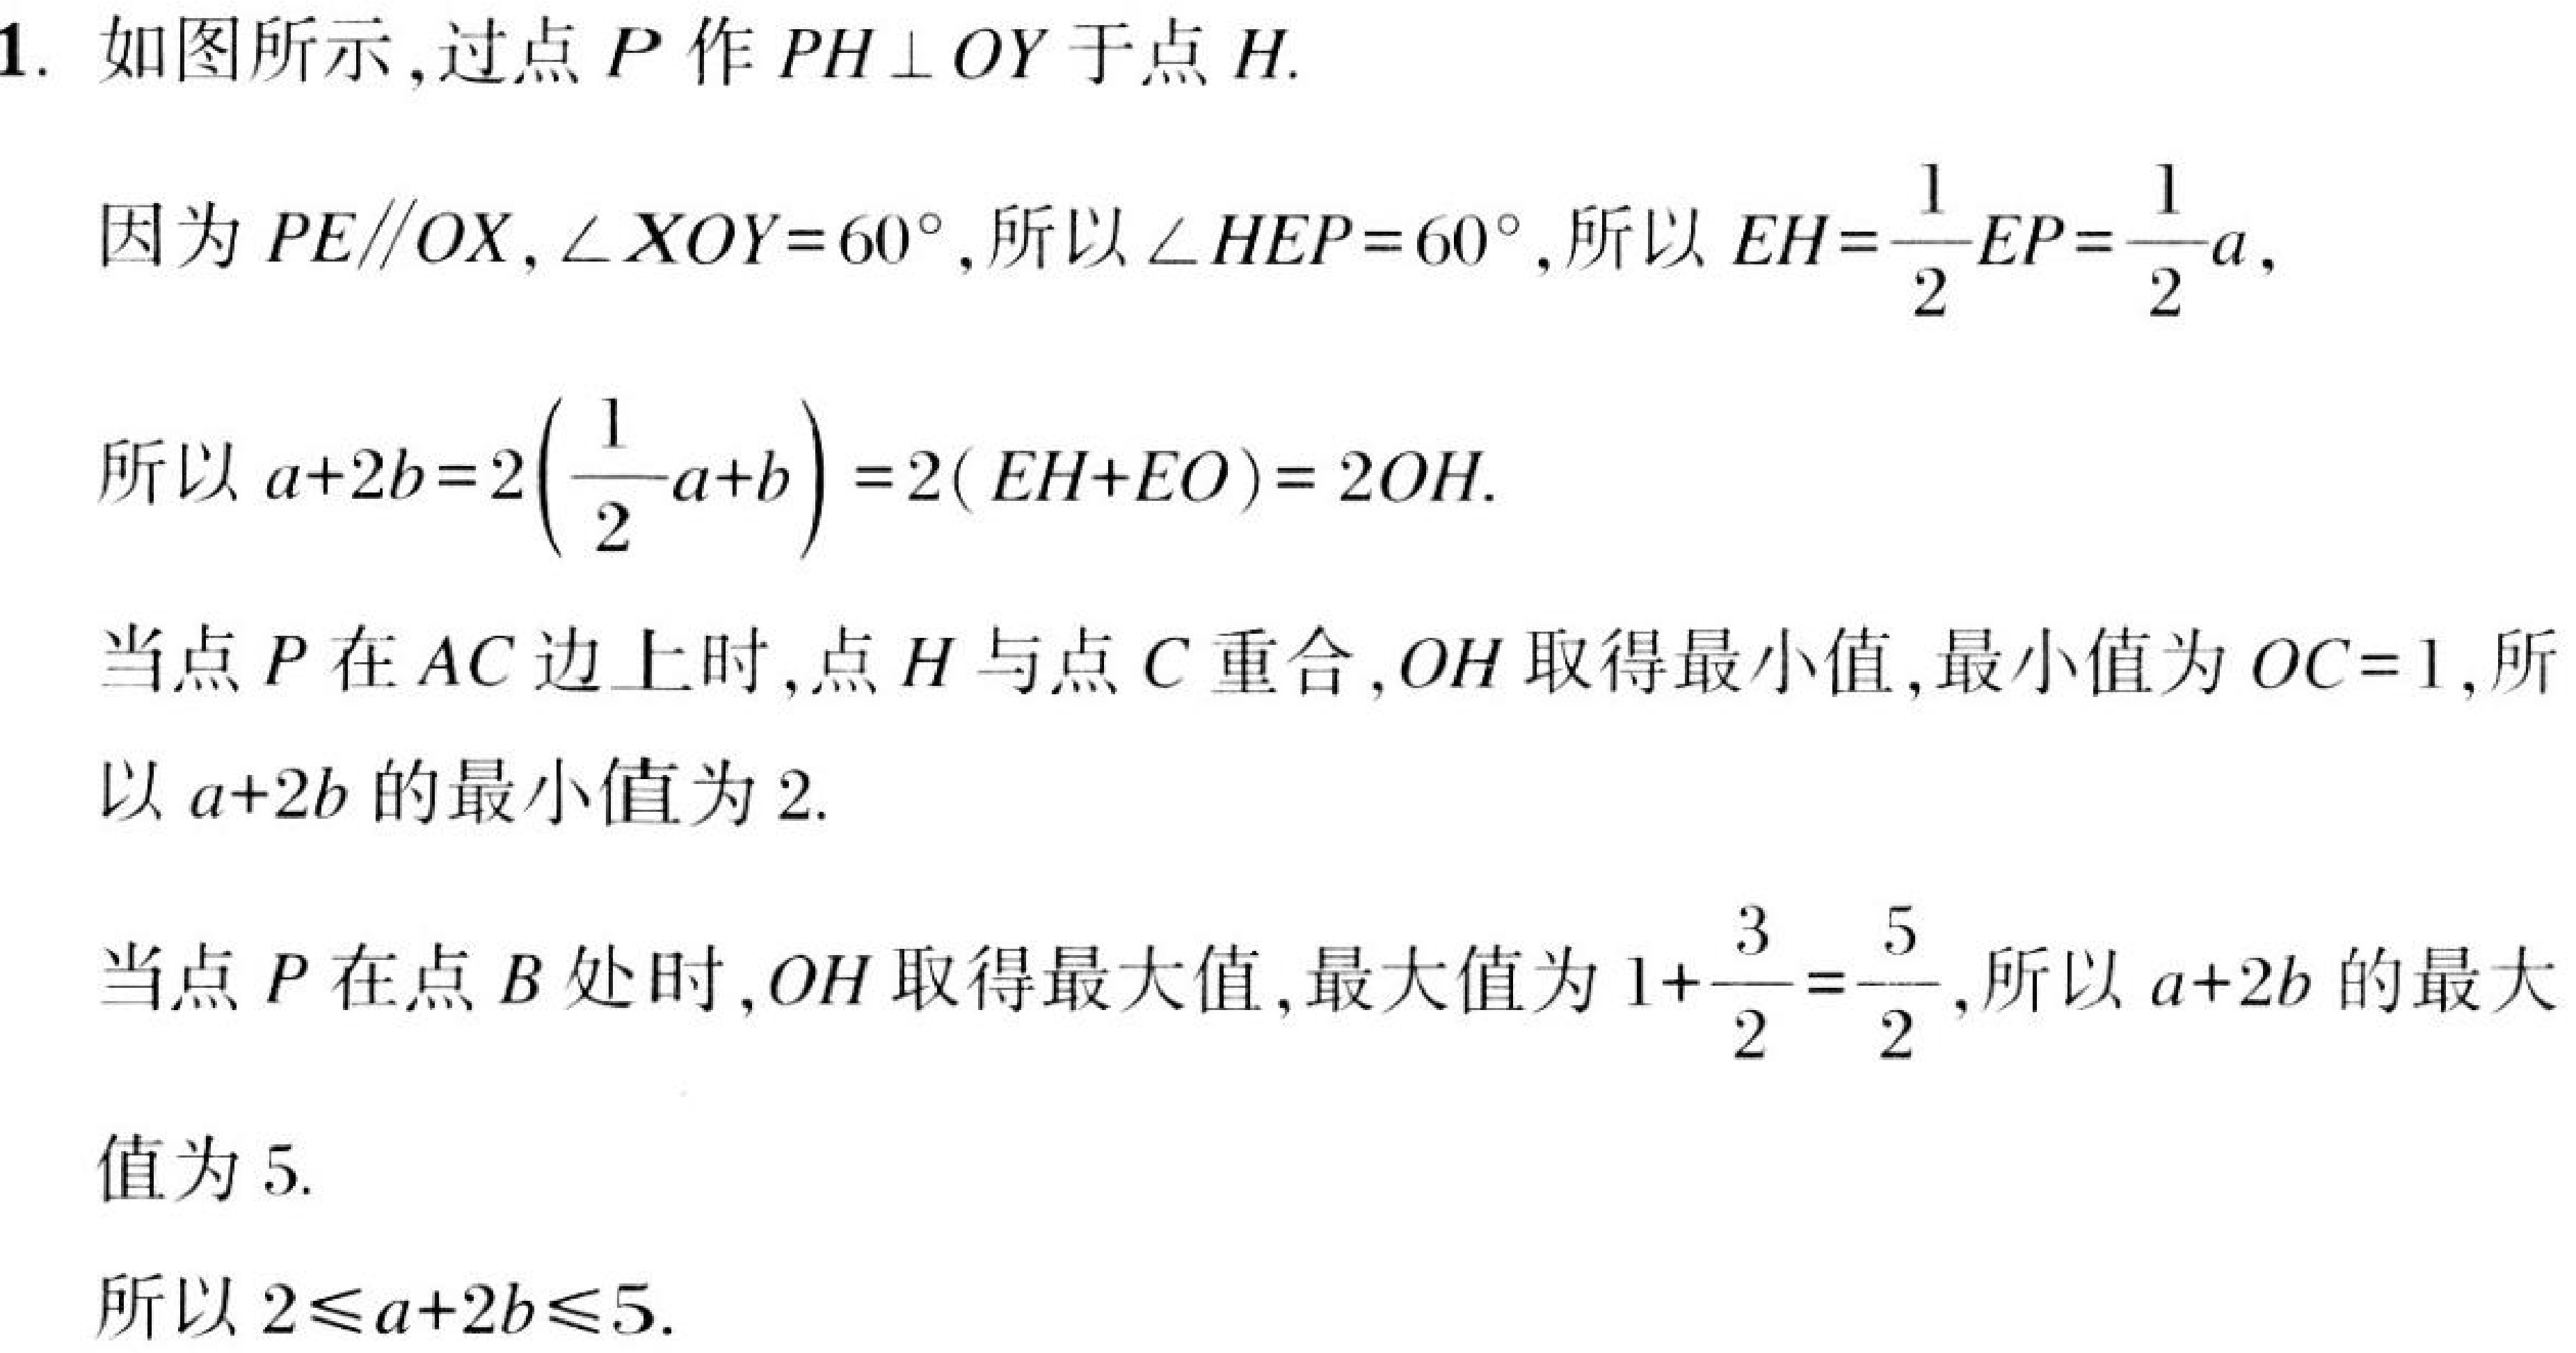
1. 如图所示，过点\(P\)作\(PH\perp OY\)于点\(H\).
因为\(PE\parallel OX\)，\(\angle XOY = 60^{\circ}\)，所以\(\angle HEP = 60^{\circ}\)，所以\(EH=\frac{1}{2}EP=\frac{1}{2}a\)，
所以\(a + 2b = 2\left(\frac{1}{2}a + b\right)=2(EH + EO)=2OH\).
当点\(P\)在\(AC\)边上时，点\(H\)与点\(C\)重合，\(OH\)取得最小值，最小值为\(OC = 1\)，所以\(a + 2b\)的最小值为\(2\).
当点\(P\)在点\(B\)处时，\(OH\)取得最大值，最大值为\(1+\frac{3}{2}=\frac{5}{2}\)，所以\(a + 2b\)的最大值为\(5\).
所以\(2\leqslant a + 2b\leqslant5\).